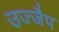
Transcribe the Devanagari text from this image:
उज्जैप